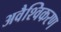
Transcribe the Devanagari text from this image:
अवैश्विकरण